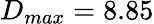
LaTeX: D_{max}=8.85